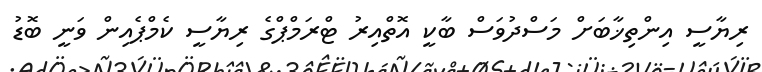
ރިޔާސީ އިންތިޚާބަށް މަސްދުވަސް ބާކީ އޮތްއިރު ޓްރަމްޕްގެ ރިޔާސީ ކެމްޕެއިން ވަނީ ބޮޑު